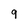
Character: 9